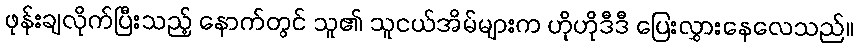
ဖုန်းချလိုက်ပြီးသည့် နောက်တွင် သူ၏ သူငယ်အိမ်များက ဟိုဟိုဒီဒီ ပြေးလွှားနေလေသည်။